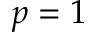
p = 1